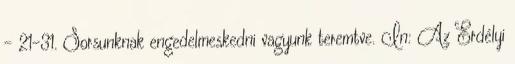
– 21-31. Sorsunknak engedelmeskedni vagyunk teremtve. In: Az Erdélyi